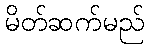
မိတ်ဆက်မည်